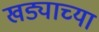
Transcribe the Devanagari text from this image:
खड्याच्या